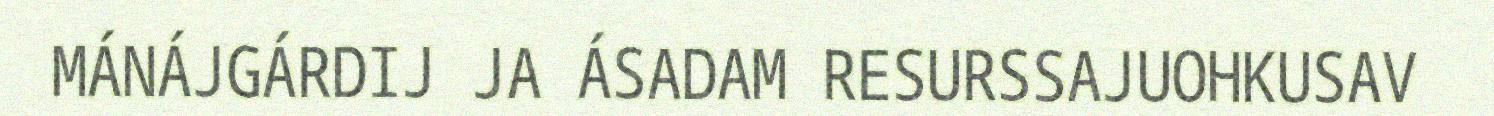
MÁNÁJGÁRDIJ JA ÁSADAM RESURSSAJUOHKUSAV